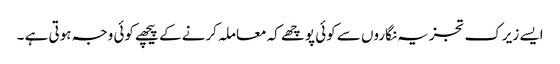
ایسے زیرک تجزیہ نگاروں سے کوئی پوچھے کہ معاملہ کرنے کے پیچھے کوئی وجہ ہوتی ہے ۔